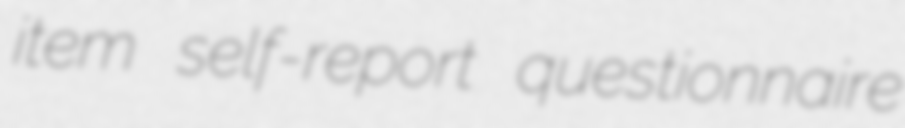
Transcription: item self-report questionnaire